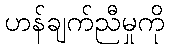
ဟန်ချက်ညီမှုကို